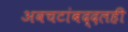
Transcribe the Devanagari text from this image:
अवचटांबद्दलही